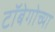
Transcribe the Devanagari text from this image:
टॉबेगोच्या